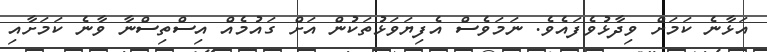
އަޅާނެ ކަމަށް ވިދާޅުވެފައެވެ. ނަމަވެސް އެފިޔަވަޅުތަކުން އަށް ގައުމެއް އިސްތިސްނާ ވާނެ ކަމަށާއި